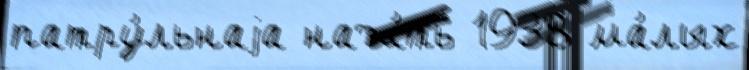
патру́льнаjа нача́ть 1938 ма́лых